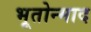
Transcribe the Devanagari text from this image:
भूतोन्माद